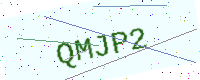
Text: QMJP2